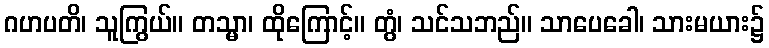
ဂဟပတိ၊ သူကြွယ်။ တသ္မာ၊ ထိုကြောင့်။ တွံ၊ သင်သဘည်။ သာပေခေါ၊ သားမယား၌